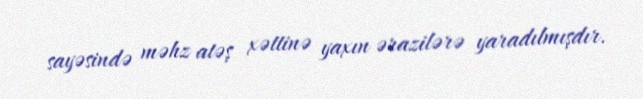
sayəsində məhz atəş xəttinə yaxın ərazilərə yaradılmışdır.